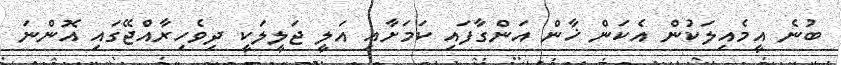
ބުނެ އީމެއިލަކުން އެކަން ޚާން އަންގާފައި ކަމަށާއި އަލީ ޖަލީލަކީ ދިވެހިރާއްޖޭގައި އޮންނަ